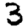
Digit: 3